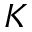
K